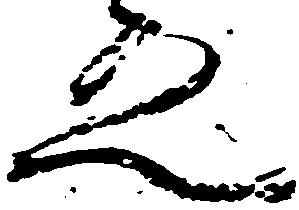
之